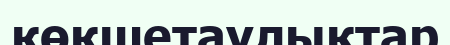
көкшетаулықтар